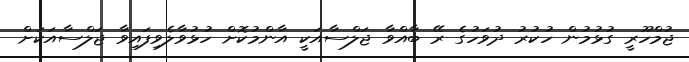
ޖުމްހޫރީ ގުޅުމުން ހުކުރު ދުވަހުގެ ރޭ ބާއްވާ ޖަލްސާއަކީ އާންމުކޮށް ހުޅުވާލެވިފައިވާ ޖަލްސާއަކަށް